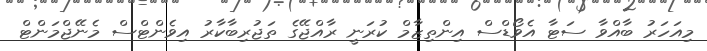
މިއަހަރު ބާއްވާ ސަޓާ އެވޯޑްސް އިންތިޒާމް ކުރަނީ ރާއްޖޭގެ ތަޖުރިބާކާރު އިވެންޓްސް މެނޭޖްމަންޓް